NAE_ERA_R-1765_ENSV_Kirjanike_Liit_1945-1955, lk 77
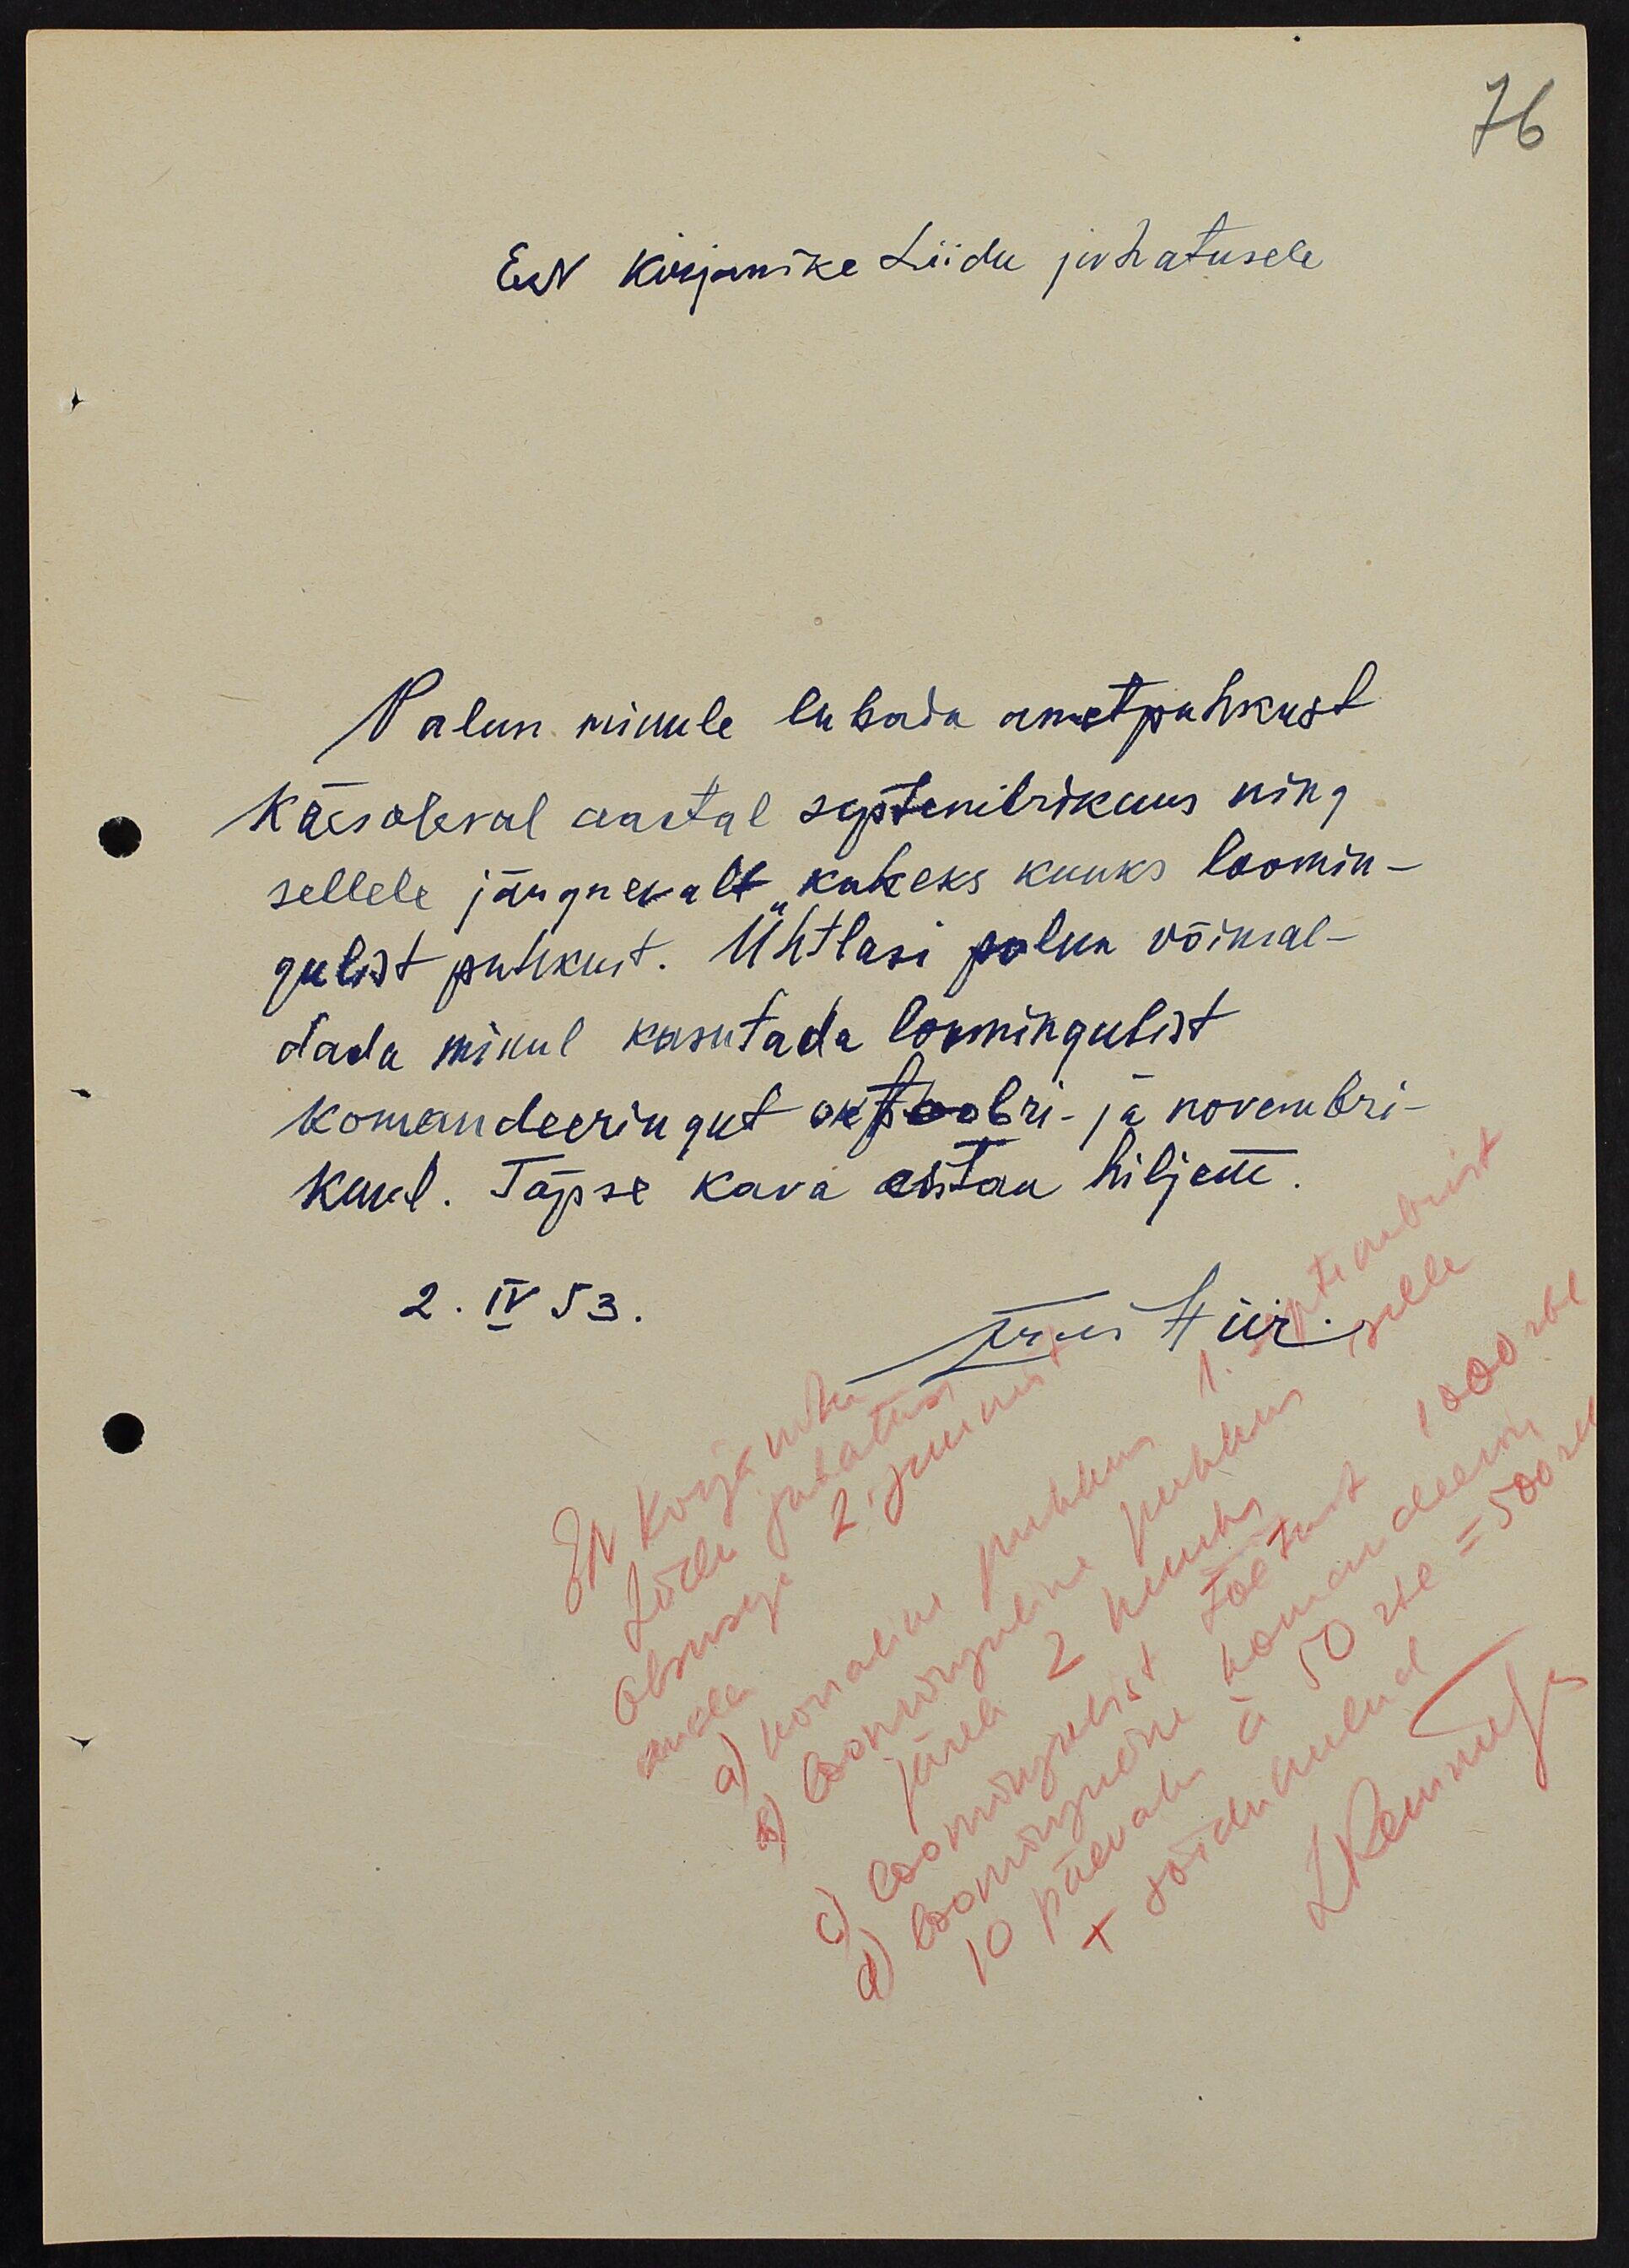
Ev Kirjanike Liidu juhatusele
Palun minule lubada ametpahkust
käesoleval aastal septembrikuus ning
sellele järgnevalt kaheks kuuks loomin
gulist puhkust. Ühtlasi palun võimal-
dada minul kasutada loumingulist
komandeeringut oktoobri- ja novembri-
kuul. Täpse kava esitan hiljem.
2. IV 53.